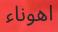
اھوناء